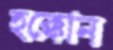
হক্কোন